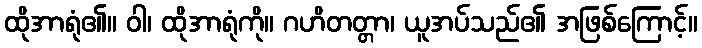
ထိုအာရုံ၏။ ဝါ၊ ထိုအာရုံကို။ ဂဟိတတ္တာ၊ ယူအပ်သည်၏ အဖြစ်ကြောင့်။